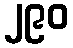
၂၉၀